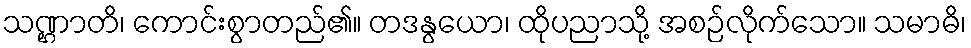
သဏ္ဌာတိ၊ ကောင်းစွာတည်၏။ တဒနွယော၊ ထိုပညာသို့ အစဉ်လိုက်သော။ သမာဓိ၊